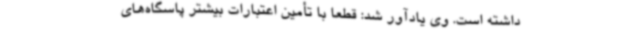
داشته است. وی یادآور شد: قطعاً با تأمین اعتبارات بیشتر پاسگاه‌های